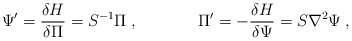
\begin{align*}\Psi' = \frac{\delta H}{\delta \Pi}= S^{-1} \Pi \; , ~~~~~~~~~~~\Pi' = -\frac{\delta H}{\delta \Psi}= S \nabla^2\Psi \;,\end{align*}